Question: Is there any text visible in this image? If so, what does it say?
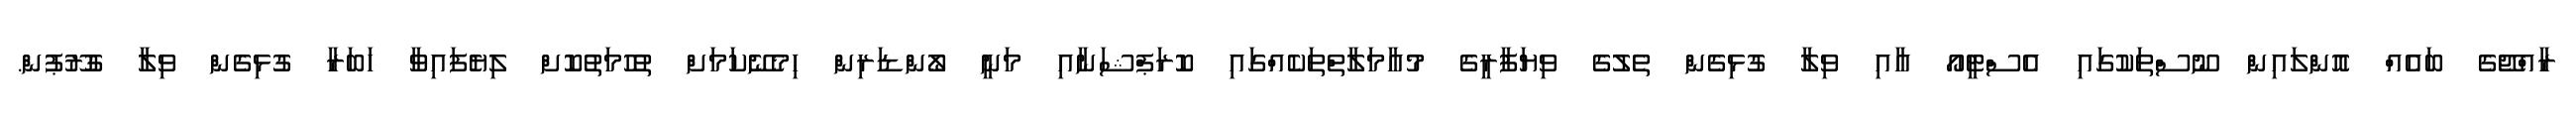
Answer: ރާއްޖޭގެ ބައެއް އޮންލައިން ނޫސްތަކުގައި އެސްޓީއޯ އާއި ވިލާ ގުޅިގެން ތެލުގެ ވިޔަފާރީގެ މުއާމަލާތްތަކެއްގައި ކޮރަޕްޝަނާއި މަނީ ލޯންޑަރިން ހިމެނޭކަމަށް ތުހުމަތުކޮށް ލިޔެފައިވާ ހަބަރާ ގުޅިގެން ވިލާ ގުރޫޕުން.